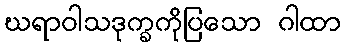
ဃရာဝါသဒုက္ခကိုပြသော ဂါထာ